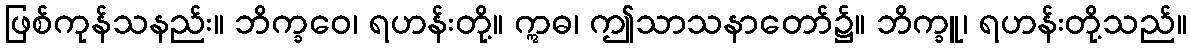
ဖြစ်ကုန်သနည်း။ ဘိက္ခဝေ၊ ရဟန်းတို့။ ဣဓ၊ ဤသာသနာတော်၌။ ဘိက္ခူ၊ ရဟန်းတို့သည်။